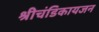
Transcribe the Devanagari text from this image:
श्रीचंडिकायजन